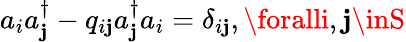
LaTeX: a_{i}a_{\mathbf{j}}^{\dagger}-q_{i\mathbf{j}}a_{\mathbf{j}}^{\dagger}a_{i}=\delta_{i\mathbf{j}},\foralli,\mathbf{j}\inS